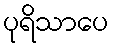
ပုရိသာပေ